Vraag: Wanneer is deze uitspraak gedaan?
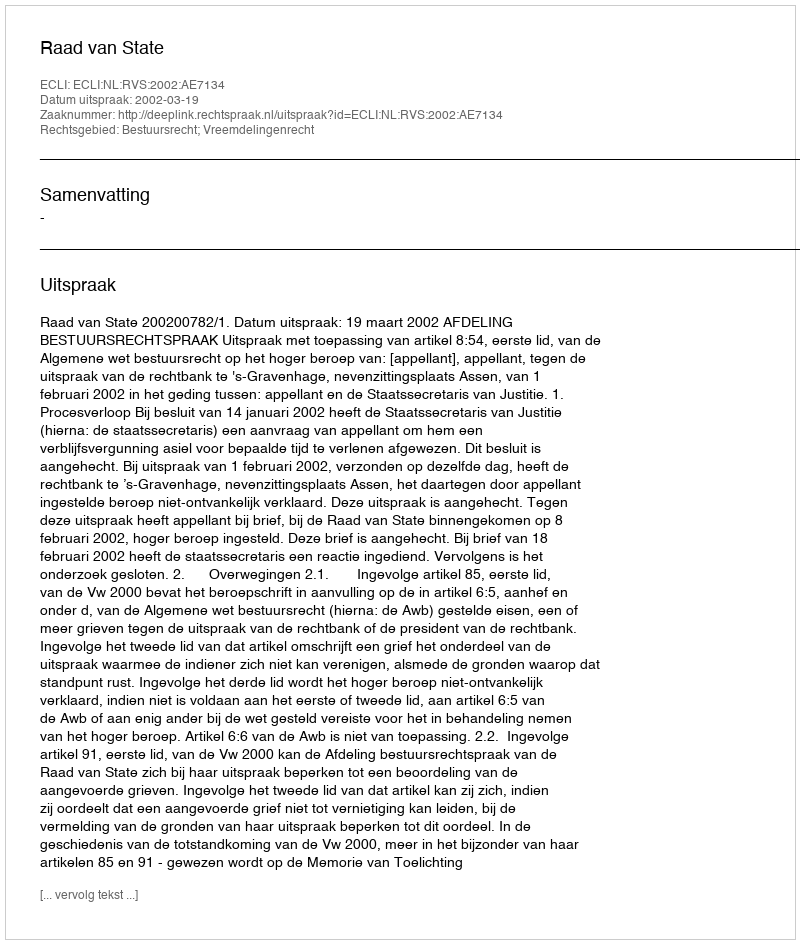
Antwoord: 2002-03-19